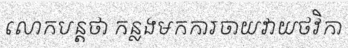
លោកបន្តថា កន្លងមកការចាយវាយថវិកា